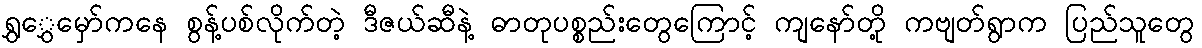
ရွှွှေမှော်ကနေ စွန့်ပစ်လိုက်တဲ့ ဒီဇယ်ဆီနဲ့ ဓာတုပစ္စည်းတွေကြောင့် ကျနော်တို့ ကဗျတ်ရွာက ပြည်သူတွေ